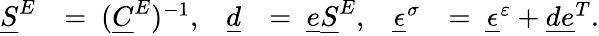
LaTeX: \begin{array}{rlrlrl}{\underline{{S}}^{E}}&{=\ (\underline{{C}}^{E})^{-1},}&{\underline{{d}}}&{=\ \underline{{e}}\underline{{S}}^{E},}&{\underline{{\epsilon}}^{\sigma}}&{=\ \underline{{\epsilon}}^{\varepsilon}+\underline{{d}}\underline{{e}}^{T}.}\end{array}